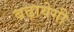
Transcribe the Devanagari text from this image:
बढ़ायेगी